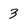
Character: 3